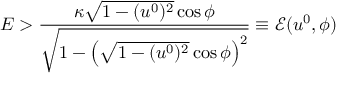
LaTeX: E > \frac { \kappa \sqrt { 1 - ( u ^ { 0 } ) ^ { 2 } } \cos \phi } { \sqrt { 1 - \left( \sqrt { 1 - ( u ^ { 0 } ) ^ { 2 } } \cos \phi \right) ^ { 2 } } } \equiv \mathcal { E } ( u ^ { 0 } , \phi )